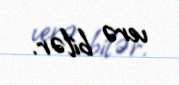
verə bilər.